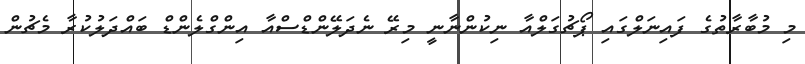
މި މުބާރާތުގެ ފައިނަލްގައި ޕޯޗުގަލްއާ ނިކުންނާނީ މިރޭ ނެދަލޭންޑްސްއާ އިންގްލެންޑް ބައްދަލުކުރާ މެޗުން